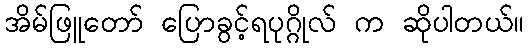
အိမ်ဖြူတော် ပြောခွင့်ရပုဂ္ဂိုလ် က ဆိုပါတယ်။